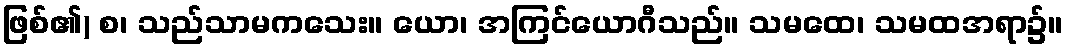
ဖြစ်၏) စ၊ သည်သာမကသေး။ ယော၊ အကြင်ယောဂီသည်။ သမထေ၊ သမထအရာ၌။